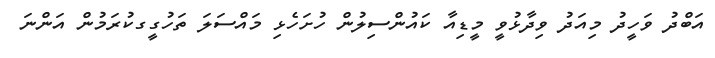
އަބްދު ވަހީދު މިއަދު ވިދާޅުވީ މީޑިއާ ކައުންސިލުން ހުށަހެޅި މައްސަލަ ތަހުގީގކުރަމުން އަންނަ